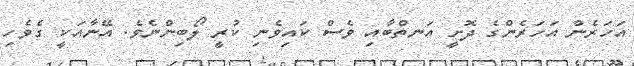
އަހަރެން އަހަރެންގެ ދޮށީ އަނތްބާއި ވެސް ކައިވެނި ކުރީ ލޯބިންނެވެ. އޭނާއަކީ ގެވެހި